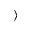
\rangle